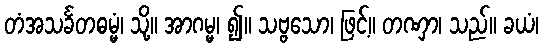
တံအသင်္ခတဓမ္မံ၊ သို့။ အာဂမ္မ၊ ၍။ သဗ္ဗသော၊ ဖြင့်။ တဏှာ၊ သည်။ ခယံ၊